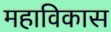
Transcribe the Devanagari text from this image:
महाविकास